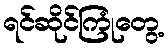
ရင်ဆိုင်ကြုံတွေ့